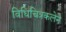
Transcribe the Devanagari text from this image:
विधिचित्रकलेने